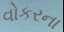
વોકરના